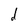
Character: d